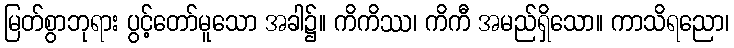
မြတ်စွာဘုရား ပွင့်တော်မူသော အခါ၌။ ကိကိဿ၊ ကိကီ အမည်ရှိသော။ ကာသိရညော၊